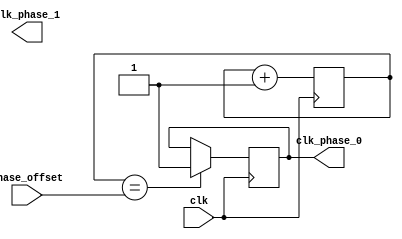
module multi_phase_clock_divider (
    input wire clk,
    output reg clk_phase_0,
    output reg clk_phase_1,
    // add more clock output signals as needed
    // output reg clk_phase_N,
    input wire [3:0] phase_offset
);

reg [3:0] counter;

always @(posedge clk) begin
    counter <= counter + 1;
    if (counter == phase_offset) begin
        clk_phase_0 <= 1;
    end

    // Add more phase shift logic for additional clock output signals here

end

endmodule